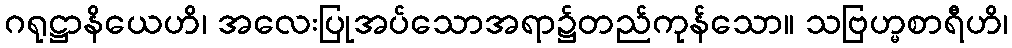
ဂရုဋ္ဌာနိယေဟိ၊ အလေးပြုအပ်သောအရာ၌တည်ကုန်သော။ သဗြဟ္မစာရီဟိ၊